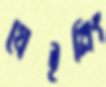
গ্রেইনিং